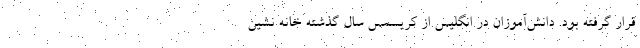
قرار گرفته بود. دانش‌آموزان در انگلیس از کریسمس سال گذشته خانه نشین